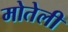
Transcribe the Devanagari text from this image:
मोतेली